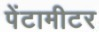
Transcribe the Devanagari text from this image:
पेंटामीटर